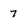
Character: 7